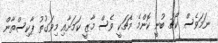
ނަމަވެސް ކޯޗު ބުނީ ކޮންމެ މެޗަކީ ވެސް މާޒީ ކަމަށާއި މިވަގުތު ޕާކިސްތާން